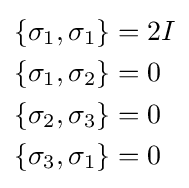
{\begin{aligned}\left\{\sigma _{1},\sigma _{1}\right\}&=2I\\\left\{\sigma _{1},\sigma _{2}\right\}&=0\\\left\{\sigma _{2},\sigma _{3}\right\}&=0\\\left\{\sigma _{3},\sigma _{1}\right\}&=0\end{aligned}}